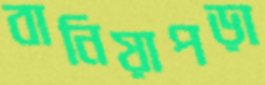
বানিয়াপড়া